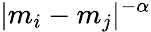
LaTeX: |m_{i}-m_{j}|^{-\alpha}